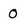
Character: 0